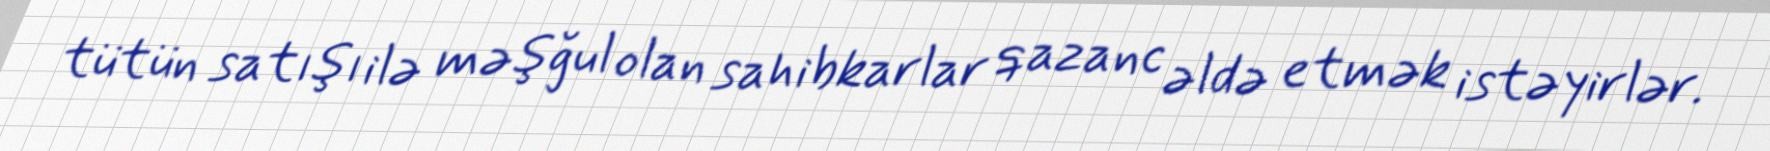
tütün satışı ilə məşğul olan sahibkarlar qazanc əldə etmək istəyirlər.